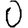
Digit: 0